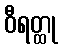
ဝီရတ္ထု